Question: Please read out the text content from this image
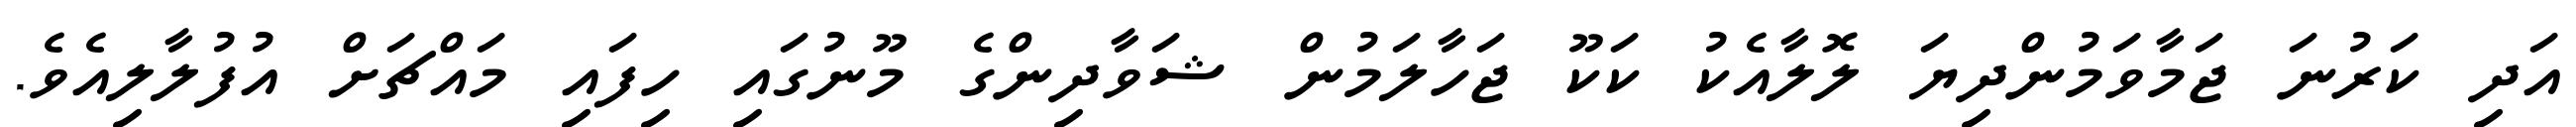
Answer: އަދި ކަރުނަ ޖަމާވަމުންދިޔަ ލޮލާއެކު ކަކޫ ޖަހާލަމުން ޝަވާދިންގެ މޫނުގައި ހިފައި މައްޗަށް އުފުލާލިއެވެ.